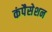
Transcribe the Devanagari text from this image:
कंपैसेशन